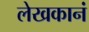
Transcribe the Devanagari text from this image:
लेखकानं